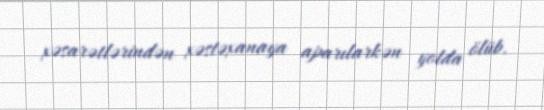
xəsarətlərindən xəstəxanaya aparılarkən yolda ölüb.